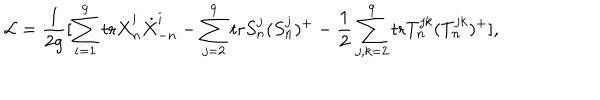
{ \cal L } = \frac { 1 } { 2 g } [ \sum _ { i = 1 } ^ { 9 } \mathrm { t r } \dot { X } _ { n } ^ { i } \dot { X } _ { - n } ^ { i } - \sum _ { j = 2 } ^ { 9 } \mathrm { t r } S _ { n } ^ { j } ( S _ { n } ^ { j } ) ^ { + } - \frac { 1 } { 2 } \sum _ { j , k = 2 } ^ { 9 } \mathrm { t r } T _ { n } ^ { j k } ( T _ { n } ^ { j k } ) ^ { + } ] ,